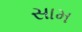
સામ